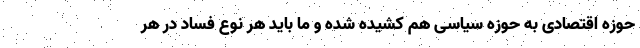
حوزه اقتصادی به حوزه سیاسی هم کشیده شده و ما باید هر نوع فساد در هر